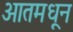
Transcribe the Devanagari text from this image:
आतमधून